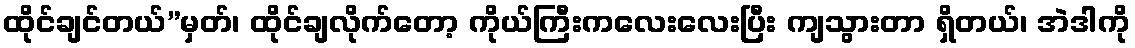
ထိုင်ချင်တယ်”မှတ်၊ ထိုင်ချလိုက်တော့ ကိုယ်ကြီးကလေးလေးပြီး ကျသွားတာ ရှိတယ်၊ အဲဒါကို